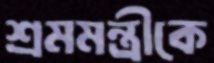
শ্রমমন্ত্রীকে